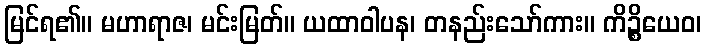
မြင်ရ၏။ မဟာရာဇ၊ မင်းမြတ်။ ယထာဝါပန၊ တနည်းသော်ကား။ ကိဉ္စိယေဝ၊